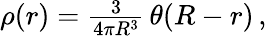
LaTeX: \begin{array}{r}{\rho(r)=\frac{3}{4\pi R^{3}}\, \theta(R-r)\, ,}\end{array}